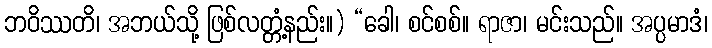
ဘဝိဿတိ၊ အဘယ်သို့ ဖြစ်လတ္တံ့နည်း။) “ခေါ၊ စင်စစ်။ ရာဇာ၊ မင်းသည်။ အပ္ပမာဒံ၊